Report of the Imperial Institute of Veterinary Research, Muktesar
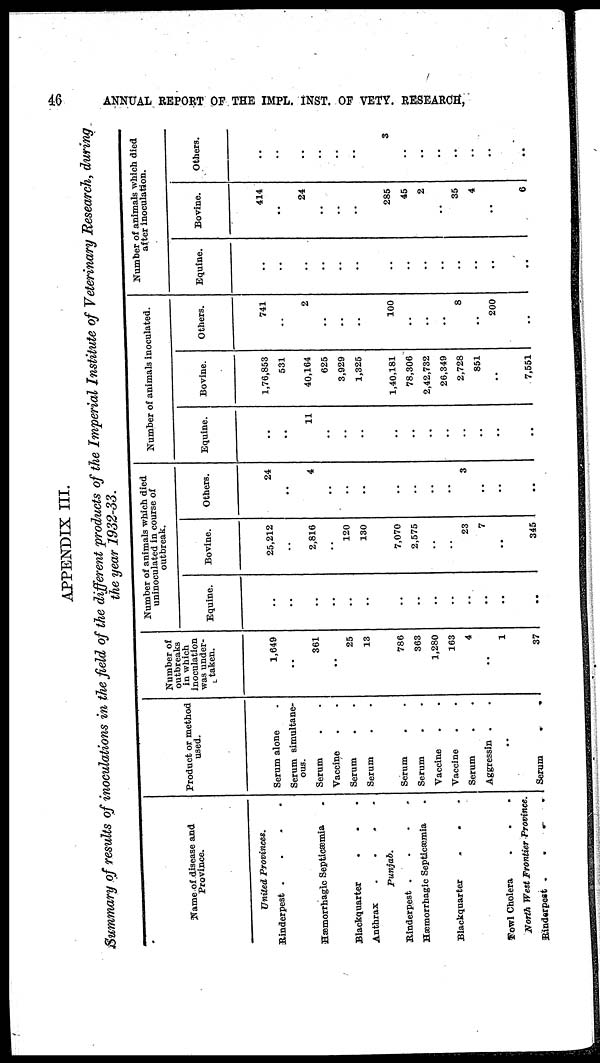
46
ANNUAL REPORT OF THE IMPL. INST. OF VETY. RESEARCH,
APPENDIX III.
Summary of results of inoculations in the field of the different products of the Imperial Institute of Veterinary Research, during
the
year
1932-33.
Name of disease and
Province.
United Provinces.
Rinderpest .
Hæmorrhagic Septicæmia
Blackquarter
Anthrax
.
Punjab.
Rinderpest .
Hæmorrhagic Septicæmia
Blackquarter
.
Fowl Cholera
North West Frontier Province.
Rinderpest
.
Product or method
used.
Serum alone
Serum simultane¬
ous.
Serum
Vaccine
Serum
Serum
Serum
Serum
Vaccine
.
Vaccine
Serum
Aggressin .
..
Serum
.
.
Number of
outbreaks
in which
inoculation
was under¬
taken.
1,649
361
25
13
786
363
1,280
163
4
1
37
Number of animals which died
uninoculated in course or
outbreak.
Equine.
..
..
..
..
..
..
..
Bovine.
25,212
2,816
120
130
7,070
2,575
23
7
345
Others.
24
4
..
..
3
..
Number of animals inoculated.
Equine.
..
11
..
Bovine.
1,76,853
531
40,164
625
3,929
1,325
1,40,181
78,306
2,42,732
26,349
2,728
851
7,551
Others.
741
2
..
100
..
..
8
200
..
Number of animals which died
after inoculation.
Equine.
..
Bovine.
414
24
285
45
2
..
35
4
6
Others.
3